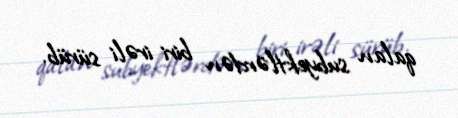
qalan subyektlərdən biri irəli sürüb.